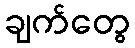
ချက်တွေ